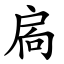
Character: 扄